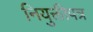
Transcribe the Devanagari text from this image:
नियुक्तीपत्र